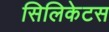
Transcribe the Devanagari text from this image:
सिलिकेटस